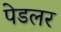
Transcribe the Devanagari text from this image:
पेडलर